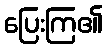
ပြေးကြ၏